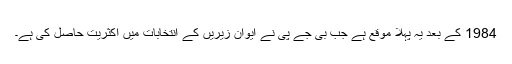
1984 کے بعد یہ پہلا موقع ہے جب بی جے پی نے ایوان زیریں کے انتخابات میں اکثریت حاصل کی ہے۔